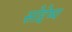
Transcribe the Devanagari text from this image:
सोद्देष्य